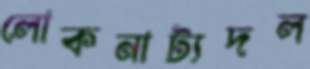
লোকনাট্যদল